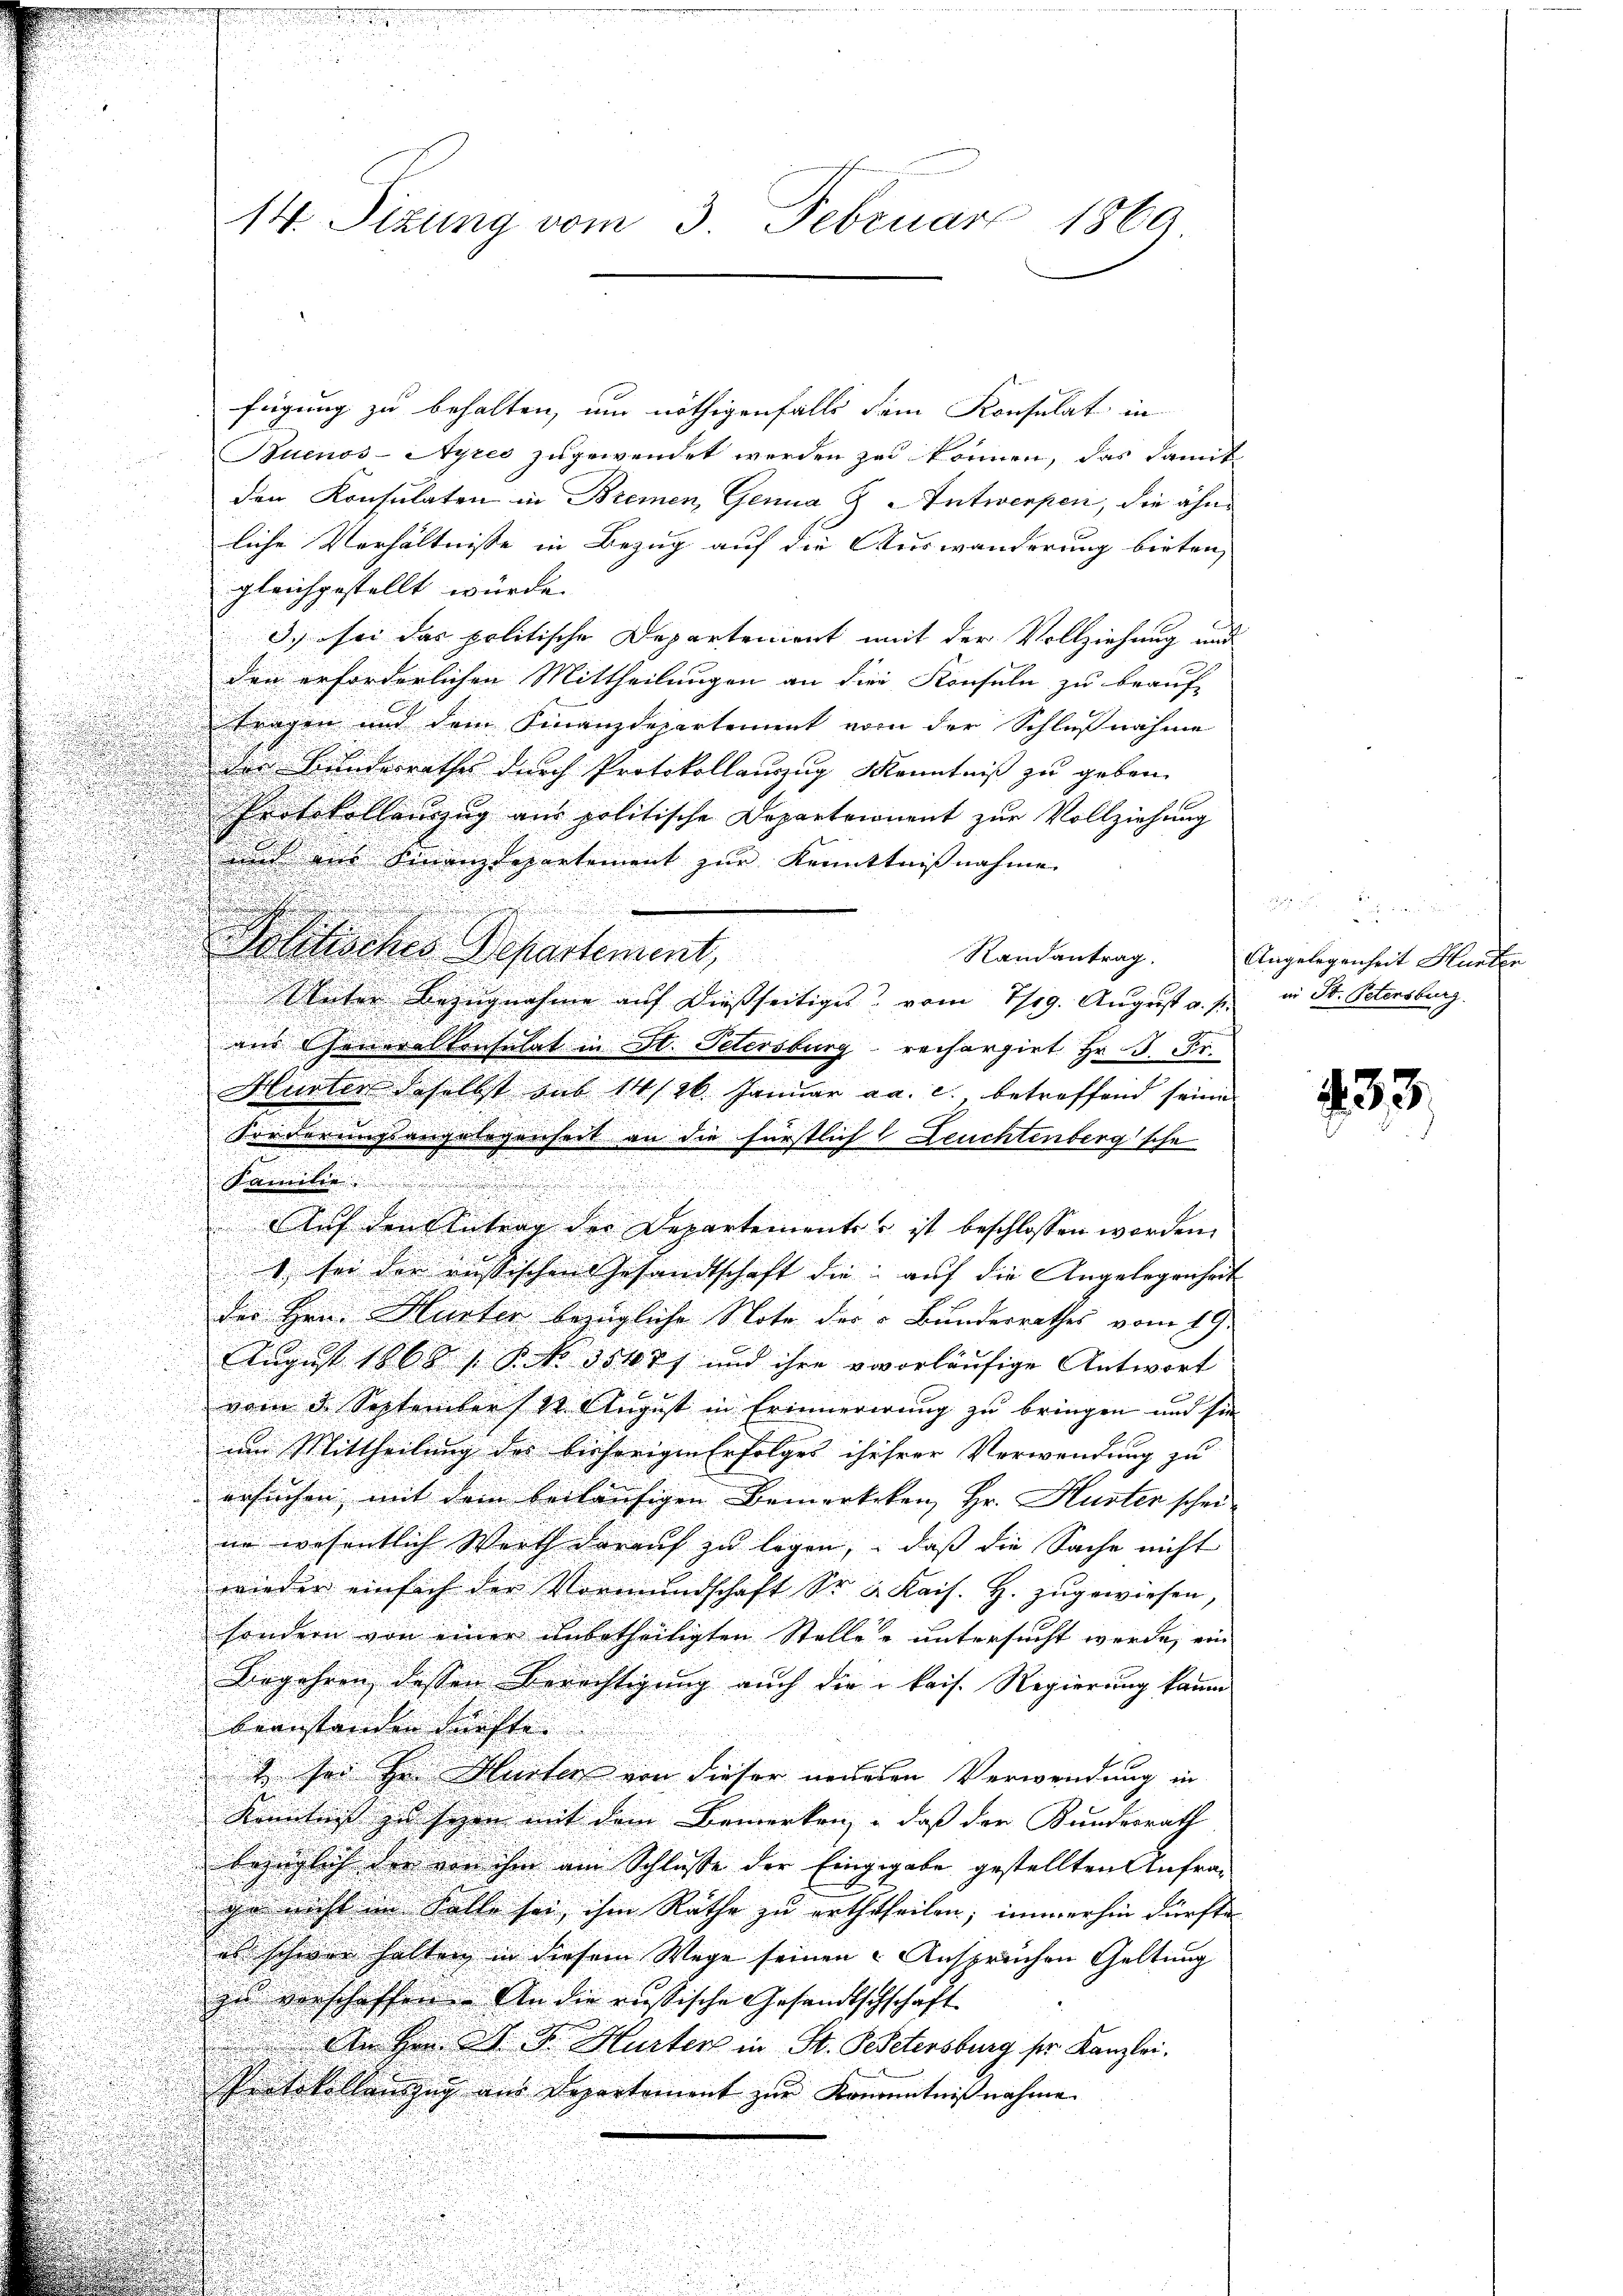
14. Sitzung vom 3. Februar 1869

fügung zu behalten, um nöthigenfalls dem Konsulat in
Buenos-Ayres zugewendet werden zu können, das damit
den Konsulaten in Bremen, Genua, & Antwerpen, die ähnliche Verhältnisse in Bezug auf die Auswanderung bieten,
gleichgestellt würde.
3.) sei das politische Departement mit der Vollziehung und
den erforderlichen Mittheilungen an die Konsuln zu beauf-
tragen und dem Finanzdepartement vom der Schlußnahme
den Kundesrathes durch Protokollauszug Kenntniß zu geben.
Protokollenzug aus politische Departeionent zŭr Vollziehung
und aus Finanzdepartement zur Kenntnißnahme
.
Politisches Departement,
Randantrag.
Wlater Bezugnahme auf dießseitiges vom 19. August v. J.
aus Generalkonsulat in St. Petersburg rechargirt Hr. B. Fr.
u
Huster daselbst sub 14/26. Januar a. c. betreffend seine

u
Forderungsangelegenheit an die fürstlich Leuchtenbergsche
Samilie

Auf den Antrag der Departementes ist beschlossen worden.
1 sei der russischen Gesandtschaft die auf die Angelegenheit
der Hrn. Hurter bezügliche Note der „Bundesrathes vom 19.
August 1868, No 35477 und ihre vvorläufige Antwort
vom 5. September 110 August in Erinnerirung zu bringen und sie
u
um Mittheilung des bisherigen Erfolger ihehrer Verwendung zu
ersuchen mit dem beiläufigen Bemerkten Hr. Husten schei

ne wesentlich Werth darauf zu legen, daß die Sache nicht
.
wieder einfach der Vormŭndschaft Sr. K. Kais. H. zugewiesen,
sondern von einer unbetheiligten Stellen untersucht werde, ein
Begehren dessen Berechtigung auch der kais. Regierung kaum
beanstanden dürfte. |
2 sei Hr. Hurten von dieser neueren Verwendung in
Kenntniß zu seyen mit dem Bemerken, daß der Kundesrath
bezüglich der von ihm am Schlusse der Eingegabe gestellten Anfrag
ge nicht im Stelle sei ihm Räthe zu erththeilen; immerhin dürfte
es schwer halten in diesem Wege seinen Ansprechen Geltung
zu verschaffen. An die russische Gesandtschschaft
An der A. F. Hurter in St. Gesetersburg ser Kanzlei.
Protokollenzug aus Departement zur Kenntnißnahme

5
r
.
Angelegenheit Hunden
in St. Petersburg.

435.